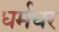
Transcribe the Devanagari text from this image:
धर्मधर